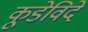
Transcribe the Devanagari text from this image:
कूडेविदे